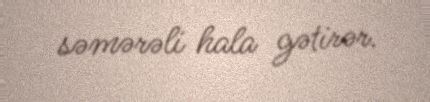
səmərəli hala gətirər.